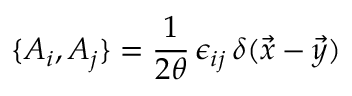
\{ A _ { i } , A _ { j } \} = { \frac { 1 } { 2 \theta } } \, \epsilon _ { i j } \, \delta ( \vec { x } - \vec { y } )